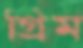
গ্রিম